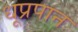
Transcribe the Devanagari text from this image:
धूप्रपान